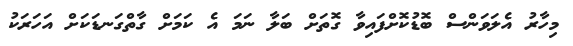
މިހާރު އެލަވަންސް ބޮޑުކޮށްފައިވާ ގޮތަށް ބަލާ ނަމަ އެ ކަމަށް ގާތްގަނޑަކަށް އަހަރަކު